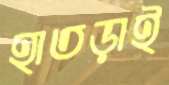
হাতড়াই